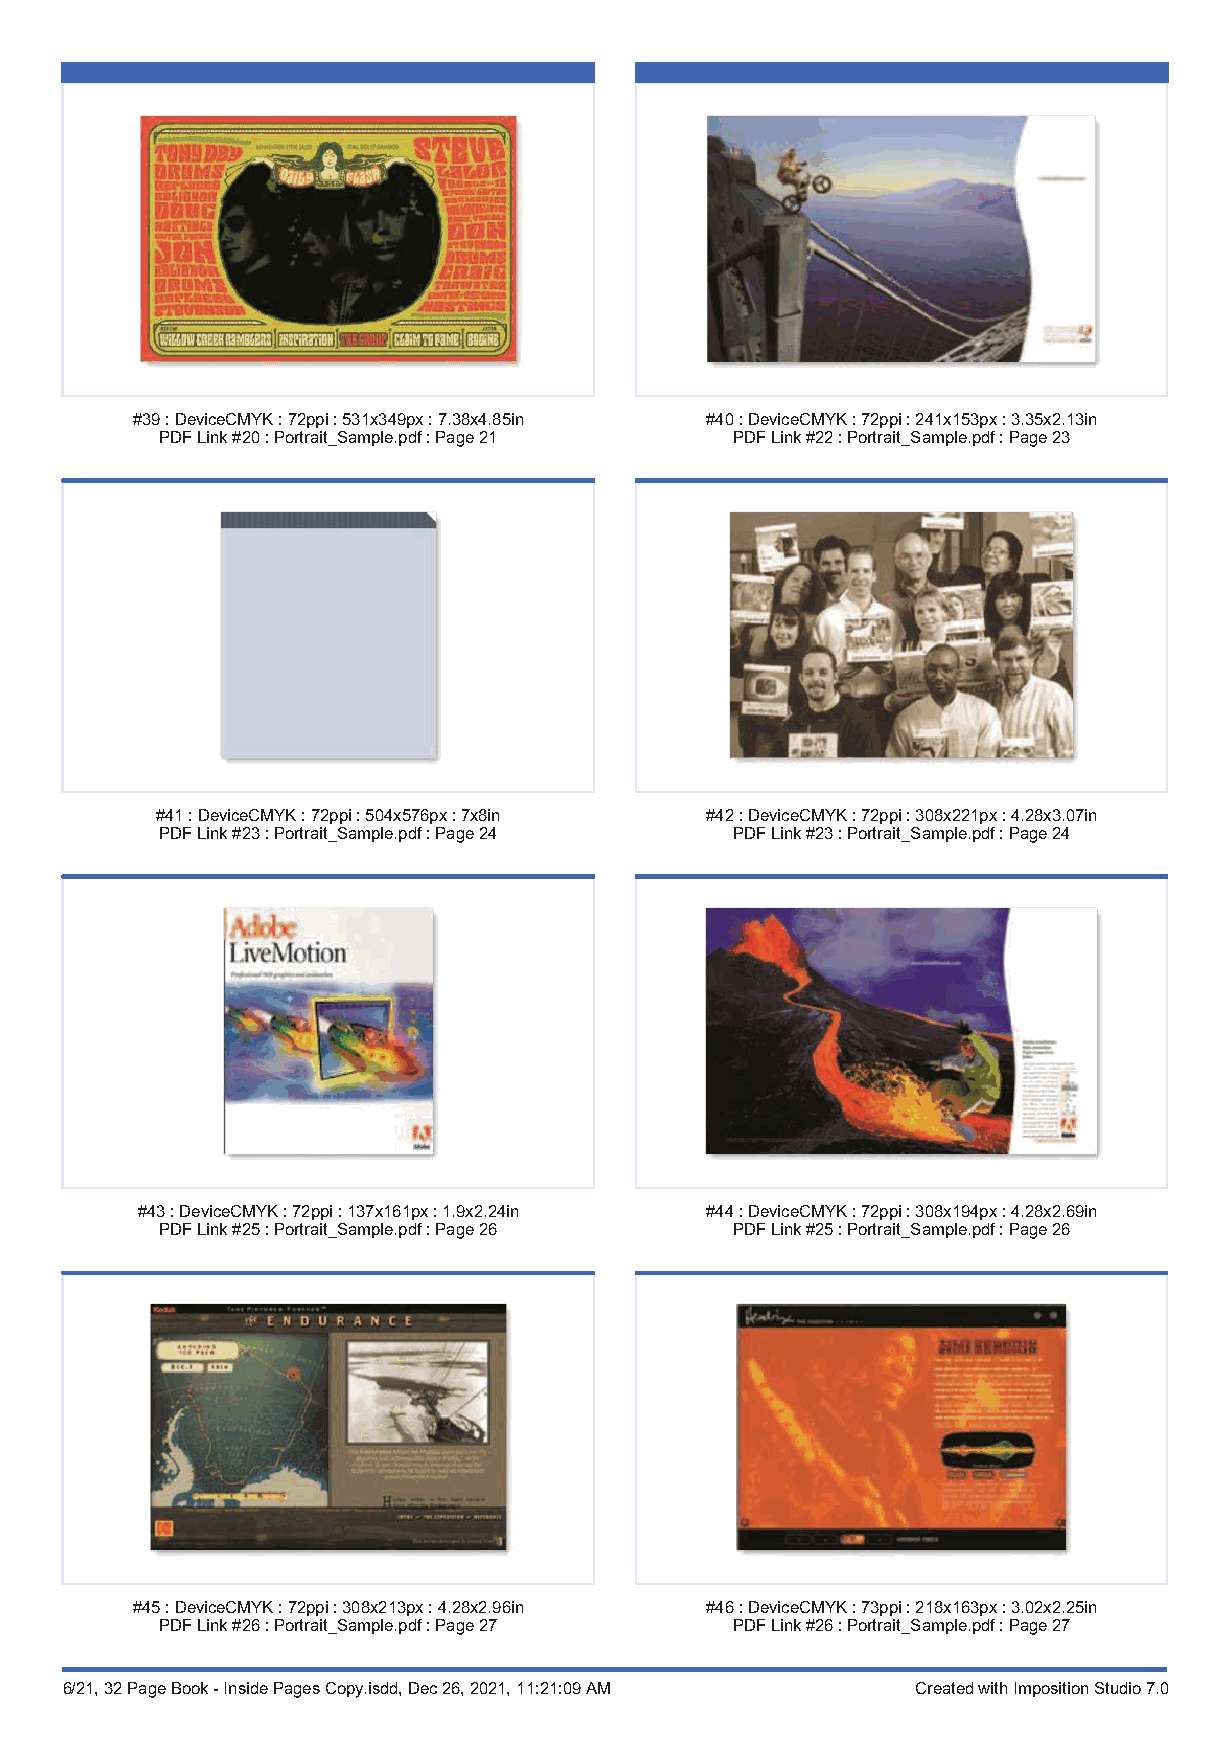
#39:DeviceCMYK:72ppi:531x349px:7.38x4.85in #40:DeviceCMYK:72ppi:241x153px:3.35x2.13in
 PDFLink#20:Portrait_Sample.pdf:Page21 PDFLink#22:Portrait_Sample.pdf:Page23
 #41:DeviceCMYK:72ppi:504x576px:7x8in #42:DeviceCMYK:72ppi:308x221px:4.28x3.07in
 PDFLink#23:Portrait_Sample.pdf:Page24 PDFLink#23:Portrait_Sample.pdf:Page24
 #43:DeviceCMYK:72ppi:137x161px:1.9x2.24in #44:DeviceCMYK:72ppi:308x194px:4.28x2.69in
 PDFLink#25:Portrait_Sample.pdf:Page26 PDFLink#25:Portrait_Sample.pdf:Page26
 #45:DeviceCMYK:72ppi:308x213px:4.28x2.96in #46:DeviceCMYK:73ppi:218x163px:3.02x2.25in
 PDFLink#26:Portrait_Sample.pdf:Page27 PDFLink#26:Portrait_Sample.pdf:Page27
 6/21, 32 Page Book - Inside Pages Copy.isdd, Dec 26, 2021, 11:21:09 AM Created with Imposition Studio 7.0